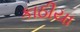
કાઠીયા